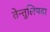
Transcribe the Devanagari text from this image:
तेन्तुलिपदा